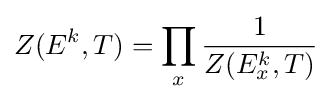
Z(E^{k},T)=\prod _{x}{\frac {1}{Z(E_{x}^{k},T)}}